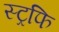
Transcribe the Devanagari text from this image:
स्ट्रफि